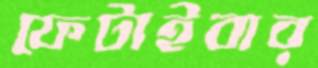
ফেটাইবার